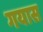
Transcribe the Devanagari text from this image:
गयास